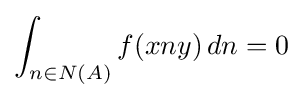
\int _{n\in N(A)}f(xny)\,dn=0